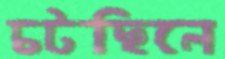
চটছিলে